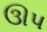
ઊપ